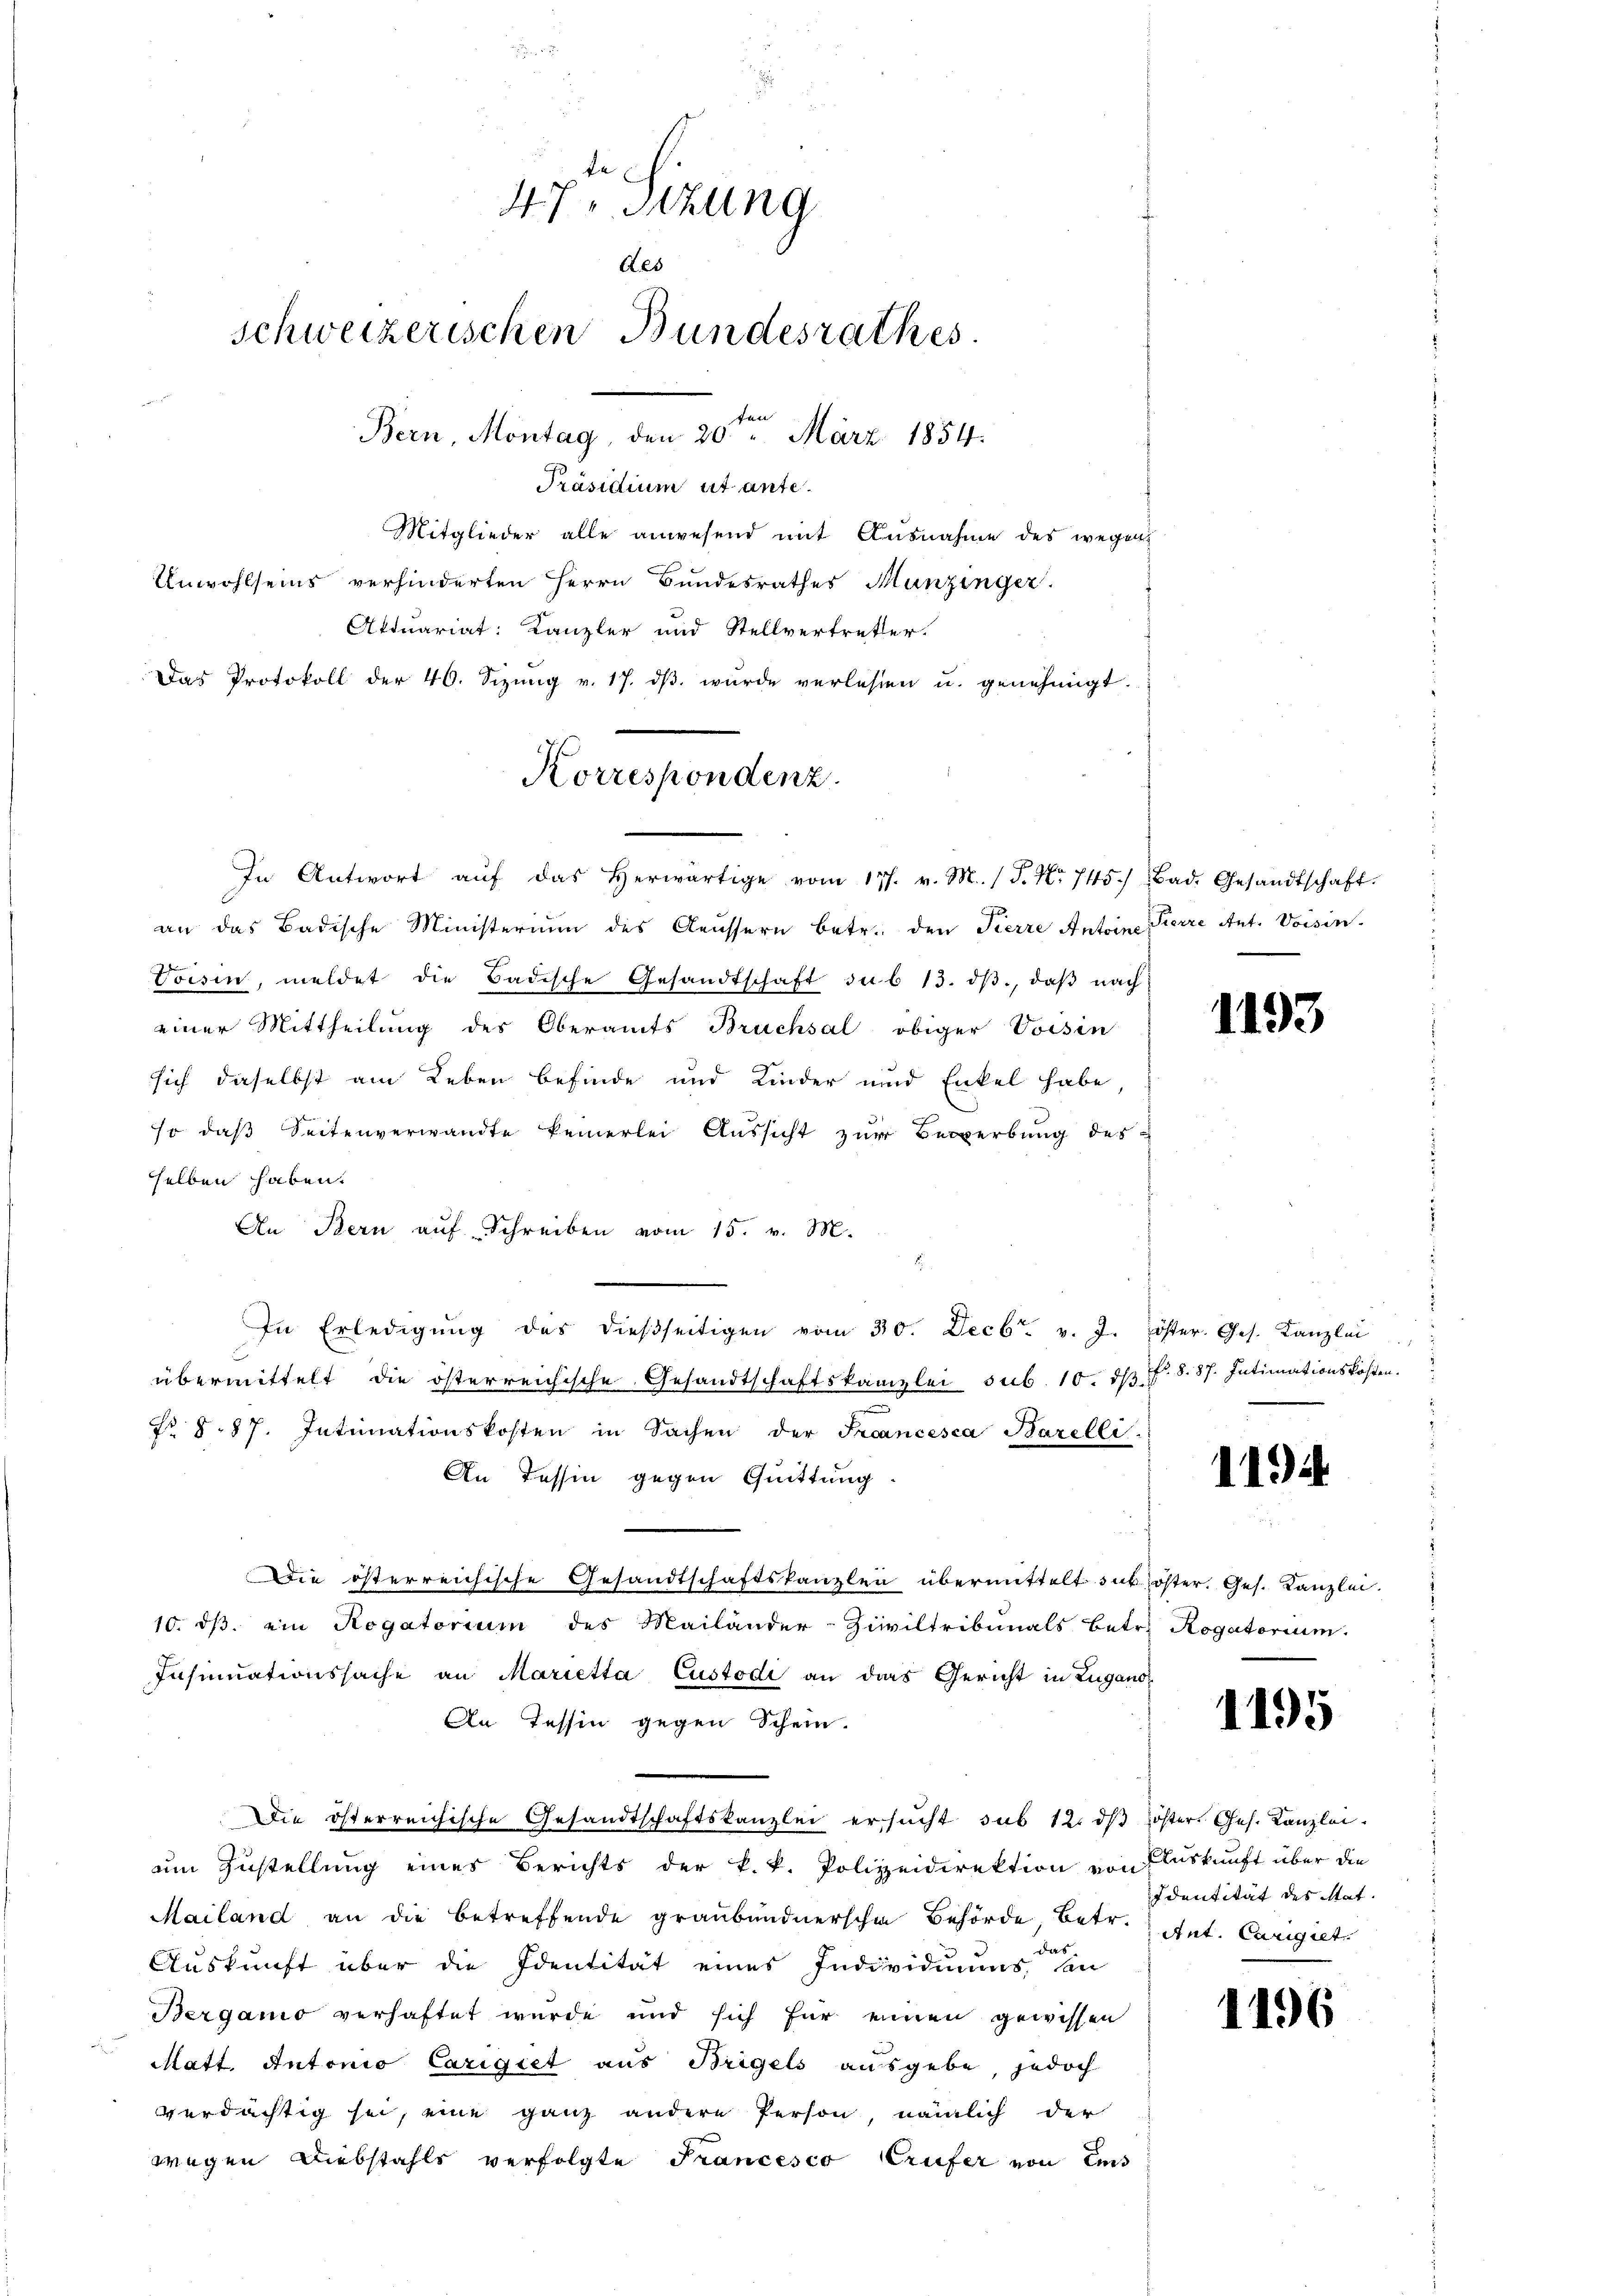
47. Sitzung
Aes
schweizerischen Bundesrathes
Bern, Montag, den 20ten März 1854.

Mitglieder alle anwesend mit Ausnahme des wegen
Unwohlseins verhinderten Herrn Bundesrathes Munzinger
Aktuariat: Kanzler und Stellvertretter.
Das Protokoll der 40. Sizŭng v. 17. dβ wurde verlesen u. genehmigt.
In Antwort aŭf das herwärtige vom 177. v. M. (S. Nr. 745.) Bad. Gesandtschaft.
an das Badische Ministerium des Aeussern betr. den Kierre Antoine Pierre Ant. Voisin
Voisin, meldet die Badische Gesandtschaft du b 13. dβ, daβ nach
einer Mittheilung des Oberamts Bruchsal obiger Voisin
sich daselbst am Leben befinde und Kinder und Enkel habe,
so daß Seitenverwandte keinerlei Aussicht zur Bewerbung des
selben haben.
An Bern aŭf Schreiben vom 15. v. M.
In Erledigŭng des dieβseitigen vom 30. Decbr. v. J. öster. Ges. Kanzlei
übermittelt die österreichische Gesandtschaftskanzlei sub. 10. dβ f. 8. 87. Intimationskosten.
No 887. Intimationskosten in Sachen der Francesca Barelli
An Tessin gegen Quittung
Die österreichische Gesandtschaftskanzlei übermittelt sub öster. Ges. Kanzlei.
10. ds. ein Rogatorium des Mailänder-Ziviltribunals Betr. Rogatorium
Insinuationssache an Marietta Custodi an das Gericht in Zugano
An Tessin gegen Schein.
Die österreichische Gesandtschaftskanzlei ersŭcht sub 12. dβ öster. Ges. Kanzlei.
um Zustellung eines Berichts der k. k. Polizeidirektion von Auskunft über die
Mailand an die betreffende graubündnerschen Behörde, betr. Zitat. Carigiet
das.
Auskunft über die Identität eines Individuums an
Berganio verhaftet wurde und sich für einen gewissen
Matt. Antonio Carigiet aus Bregels ausgebe, jedoch
verdächtig sei, eine ganz andere Person, nämlich der
wegen Diebstahls verfolgte Prancesco Crufer von Eis

Präsidium et ante¬

Korrespondenz

1193

11.)

1195

Identität des Mat

1196